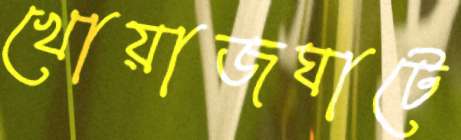
খোয়াজঘাটে